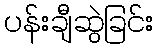
ပန်းချီဆွဲခြင်း